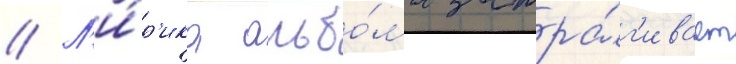
// Л'и́р'ика альбо́ма затра́г'ивает